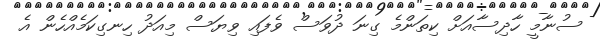
ސުނާމީ ހާދިސާއަށް ކިތަންމެ ގިނަ ދުވަސް ވެފައި ވިޔަސް މިއަދު ހިނގިކަމެއްހެން އެ